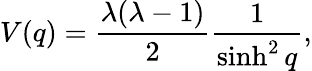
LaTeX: V(q)=\frac{\lambda(\lambda-1)}{2}\frac{1}{\sinh^{2}q},